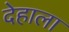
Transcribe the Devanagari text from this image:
देहाला